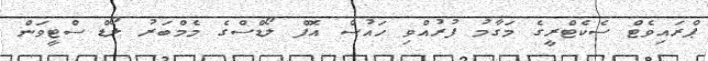
ޕްރައިވެޓް ސެކެޓްރީގެ މަގާމު ފުރުއްވި ހައުސް އޮފް ލޯޑްސްގެ މެމްބަރު ލޯޑް ސްޓީވަން